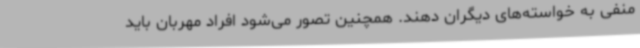
منفی به خواسته‌های دیگران دهند. همچنین تصور می‌شود افراد مهربان باید